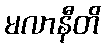
မလာနီတိ